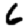
Digit: 6